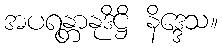
အပရန္တာနုဒိဋ္ဌိ နိဒ္ဒေသ။